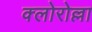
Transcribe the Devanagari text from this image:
क्लोरोल्ला